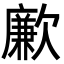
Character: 𣤤